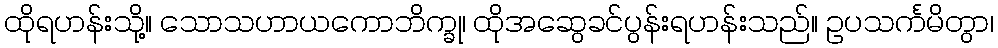
ထိုရဟန်းသို့။ သောသဟာယကောဘိက္ခု၊ ထိုအဆွေခင်ပွန်းရဟန်းသည်။ ဥပသင်္ကမိတွာ၊